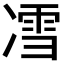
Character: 𰄈